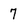
Character: 7